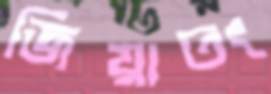
জিয়াতং